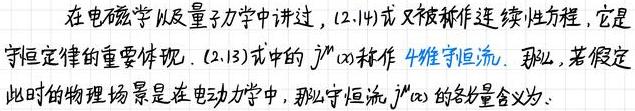
在电磁学以及量子力学中讲过，(2.14) 式又被称作连续性方程，它是守恒定律的重要体现. (2.13) 式中的 $j^{\mu}(x)$ 称作 4 维守恒流. 那么，若假定此时的物理场景是在电动力学中，那么守恒流 $j^{\mu}(x)$ 的各分量含义为: